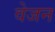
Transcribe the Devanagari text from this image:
वेजन